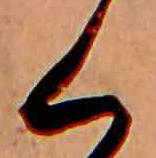
く